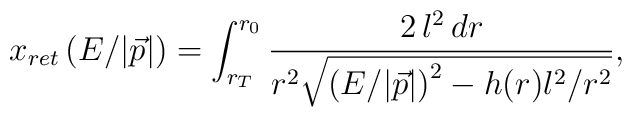
x_{ret} \left( E/|\vec{p}| \right)=\int_{r_T}^{r_0}\frac{2\, l^2 \, dr}{r^2 \sqrt{\left( E/|\vec{p}|\right)^2 - h(r) l^2 / r^2}},